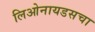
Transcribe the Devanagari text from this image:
लिओनायडसचा